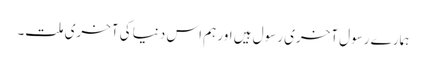
ہمارے رسول آخری رسول ہیں اور ہم اس دنیا کی آخری ملت۔